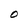
Character: O